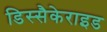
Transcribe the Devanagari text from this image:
डिस्सैकेराइड